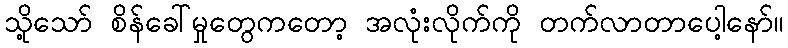
သို့သော် စိန်ခေါ်မှုတွေကတော့ အလုံးလိုက်ကို တက်လာတာပေါ့နော်။